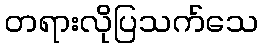
တရားလိုပြသက်သေ